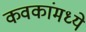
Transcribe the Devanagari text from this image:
कवकांमध्ये